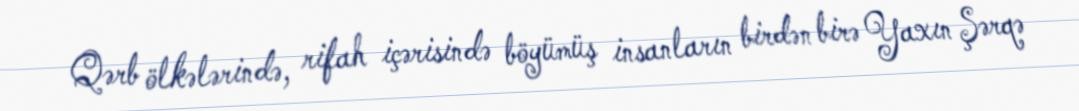
Qərb ölkələrində, rifah içərisində böyümüş insanların birdən birə Yaxın Şərqə